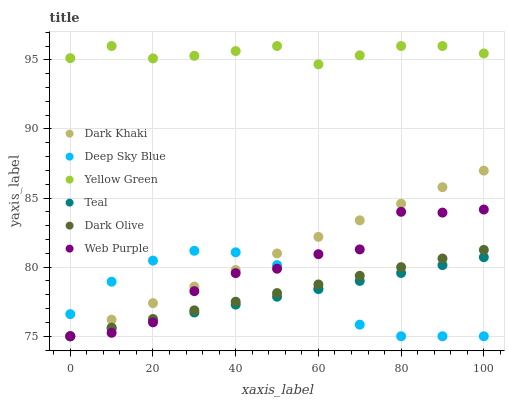
| xaxis_label | Dark Khaki | Deep Sky Blue | Yellow Green | Teal | Dark Olive | Web Purple |
 | --- | --- | --- | --- | --- | --- | --- |
 | 0 | 75 | 76.6 | 95.1 | 75 | 75 | 75 |
 | 10 | 76.2 | 78.9 | 96 | 75.6 | 75.6 | 75.2 |
 | 20 | 77.4 | 80.5 | 95.1 | 76.1 | 76.2 | 76 |
 | 30 | 78.6 | 81.2 | 95.3 | 76.7 | 76.9 | 78.3 |
 | 40 | 79.8 | 81.1 | 95.6 | 77.3 | 77.5 | 79.6 |
 | 50 | 81 | 80.1 | 96 | 77.9 | 78.1 | 79.9 |
 | 60 | 82.2 | 78.4 | 94.7 | 78.4 | 78.7 | 80.9 |
 | 70 | 83.4 | 75.8 | 95.3 | 79 | 79.4 | 81.3 |
 | 80 | 84.6 | 75 | 96 | 79.6 | 80 | 84 |
 | 90 | 85.8 | 75 | 96 | 80.1 | 80.6 | 83.9 |
 | 100 | 87 | 75 | 95.5 | 80.7 | 81.2 | 84.2 |